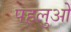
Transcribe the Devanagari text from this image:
पहलुओें